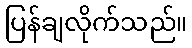
ပြန်ချလိုက်သည်။